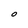
Character: O